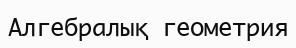
Алгебралық геометрия